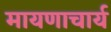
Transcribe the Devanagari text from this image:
मायणाचार्य